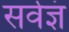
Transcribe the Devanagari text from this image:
सर्वज्ञं